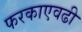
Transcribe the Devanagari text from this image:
फरकाएवढी